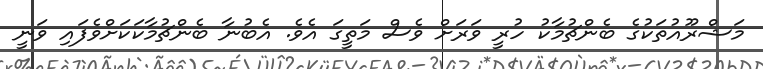
މަޝްރޫއުތަކުގެ ބެންޗުމާކު ހުރީ ވަރަށް ވެސް މަތީގަ އެވެ. އެބުނާ ބެންޗުމާކަކަށްވެފައި ވަނީ